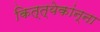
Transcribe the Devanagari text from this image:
कित्त्येकांन्ना